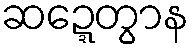
ဆဍ္ဍေတွာန